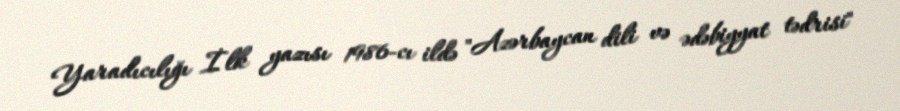
Yaradıcılığı İlk yazısı 1986-cı ildə "Azərbaycan dili və ədəbiyyat tədrisi"